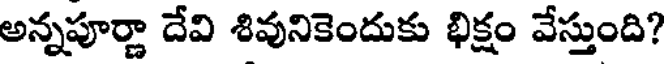
అన్నపూర్ణా దేవి శివునికెందుకు భిక్షం వేస్తుంది?